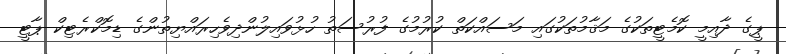
ޕީގެ ދާއިމީ ކޮމެޓީތަކުގެ މަޤާމުތަކުގައި މަސައްކަތް ކުރުމުގެ ފުރުސަތު ހުޅުވައިލުންދިވެހިރައްޔިތުންގެ ޑިމޮކްރެޓިކް ޕާޓީ